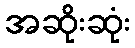
အဆိုးဆုံး